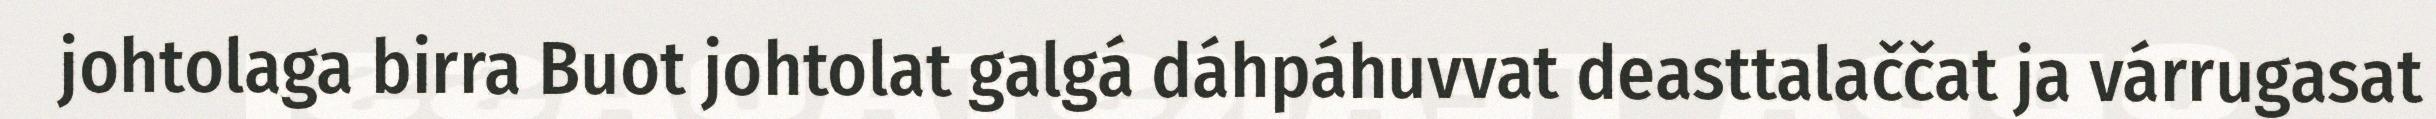
johtolaga birra Buot johtolat galgá dáhpáhuvvat deasttalaččat ja várrugasat